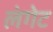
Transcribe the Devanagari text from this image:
लंगेट